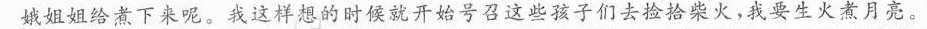
娥姐姐给煮下来呢。我这样想的时候就开始号召这些孩子们去捡拾柴火，我要生火煮月亮。